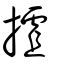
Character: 摣